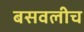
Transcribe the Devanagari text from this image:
बसवलीच